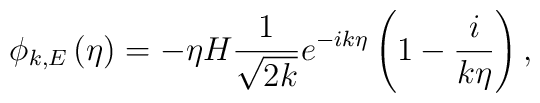
\phi _{k,E}\left( \eta \right) =-\eta H\frac{1}{\sqrt{2k}}e^{-ik\eta }\left(1-\frac{i}{k\eta }\right) ,